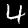
Digit: 4